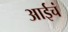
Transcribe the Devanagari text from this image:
आईचं